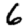
Digit: 6